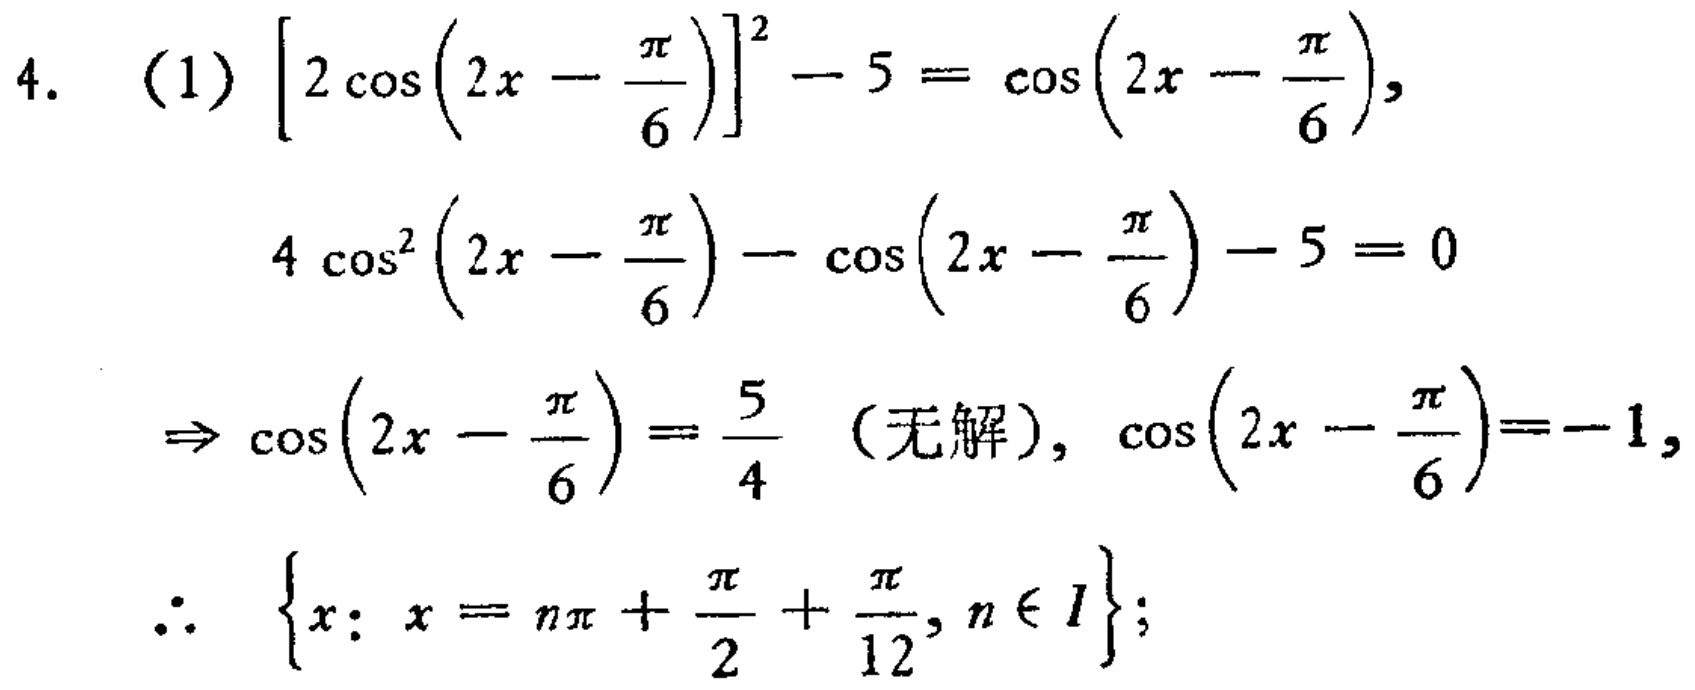
4. (1) \(\left[2\cos\left(2x - \frac{\pi}{6}\right)\right]^2 - 5 = \cos\left(2x - \frac{\pi}{6}\right)\)
\[
\begin{align*}
4\cos^{2}\left(2x - \frac{\pi}{6}\right) - \cos\left(2x - \frac{\pi}{6}\right) - 5&= 0\\
\Rightarrow \cos\left(2x - \frac{\pi}{6}\right) = \frac{5}{4}\text{ （无解）}, \cos\left(2x - \frac{\pi}{6}\right)&=-1,\\
\therefore \left\{x: x = n\pi + \frac{\pi}{2}+\frac{\pi}{12}, n\in I\right\};
\end{align*}
\]